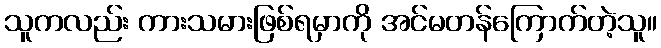
သူကလည်း ကားသမားဖြစ်ရမှာကို အင်မတန်ကြောက်တဲ့သူ။